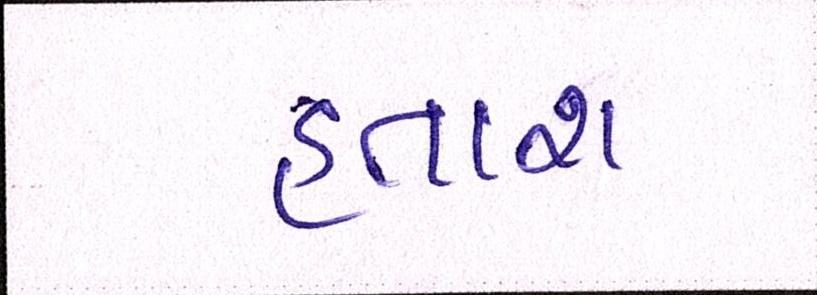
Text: હતાશ